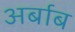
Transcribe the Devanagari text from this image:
अर्बाब